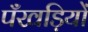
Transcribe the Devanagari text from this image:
पँखड़ियों